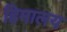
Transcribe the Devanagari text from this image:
हिमालय